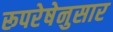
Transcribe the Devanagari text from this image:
रूपरेषेनुसार